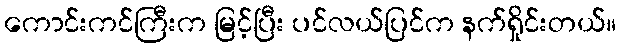
ကောင်းကင်ကြီးက မြင့်ပြီး ပင်လယ်ပြင်က နက်ရှိုင်းတယ်။